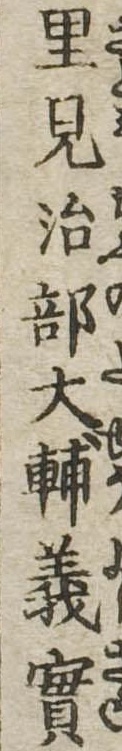
里見治部大輔義実